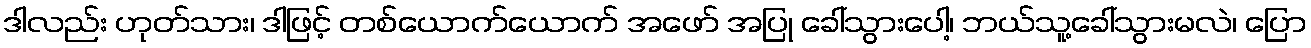
ဒါလည်း ဟုတ်သား၊ ဒါဖြင့် တစ်ယောက်ယောက် အဖော် အပြု ခေါ်သွားပေါ့၊ ဘယ်သူ့ခေါ်သွားမလဲ၊ ပြော